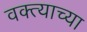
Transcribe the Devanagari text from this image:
वक्त्याच्या